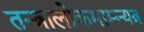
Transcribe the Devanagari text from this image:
तन्त्रालोकमाम्न्यत्र